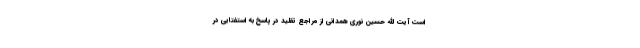
است آیت الله حسین نوری همدانی از مراجع تقلید در پاسخ به استفتایی در